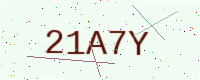
Text: 21A7Y